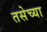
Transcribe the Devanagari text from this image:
तसेच्या